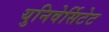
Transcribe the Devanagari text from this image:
युनिवेर्सिटेट